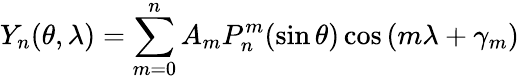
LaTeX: Y_{n}(\theta,\lambda)=\sum_{m=0}^{n}A_{m}P_{n}^{m}(\sin\theta)\cos\left(m\lambda+\gamma_{m}\right)